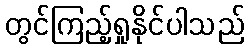
တွင်ကြည့်ရှုနိုင်ပါသည်